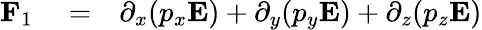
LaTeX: \begin{array}{rlr}{\mathbf F_{1}}&{{}=}&{\partial_{x}(p_{x}\mathbf E)+\partial_{y}(p_{y}\mathbf E)+\partial_{z}(p_{z}\mathbf E)}\end{array}